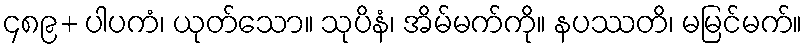
၄၈၉+ ပါပကံ၊ ယုတ်သော။ သုပိနံ၊ အိမ်မက်ကို။ နပဿတိ၊ မမြင်မက်။